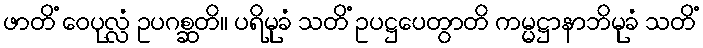
ဖာတိံ ဝေပုလ္လံ ဥပဂစ္ဆတိ။ ပရိမုခံ သတိံ ဥပဋ္ဌပေတွာတိ ကမ္မဋ္ဌာနာဘိမုခံ သတိံ